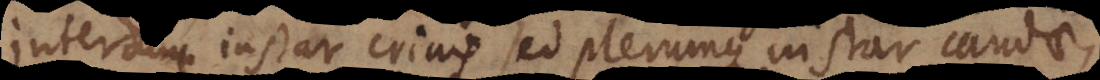
interdum instar crinis sed plerumque instar caudae,